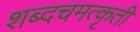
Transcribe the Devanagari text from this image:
शब्दचमत्कृती